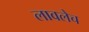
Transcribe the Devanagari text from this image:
लावलेच